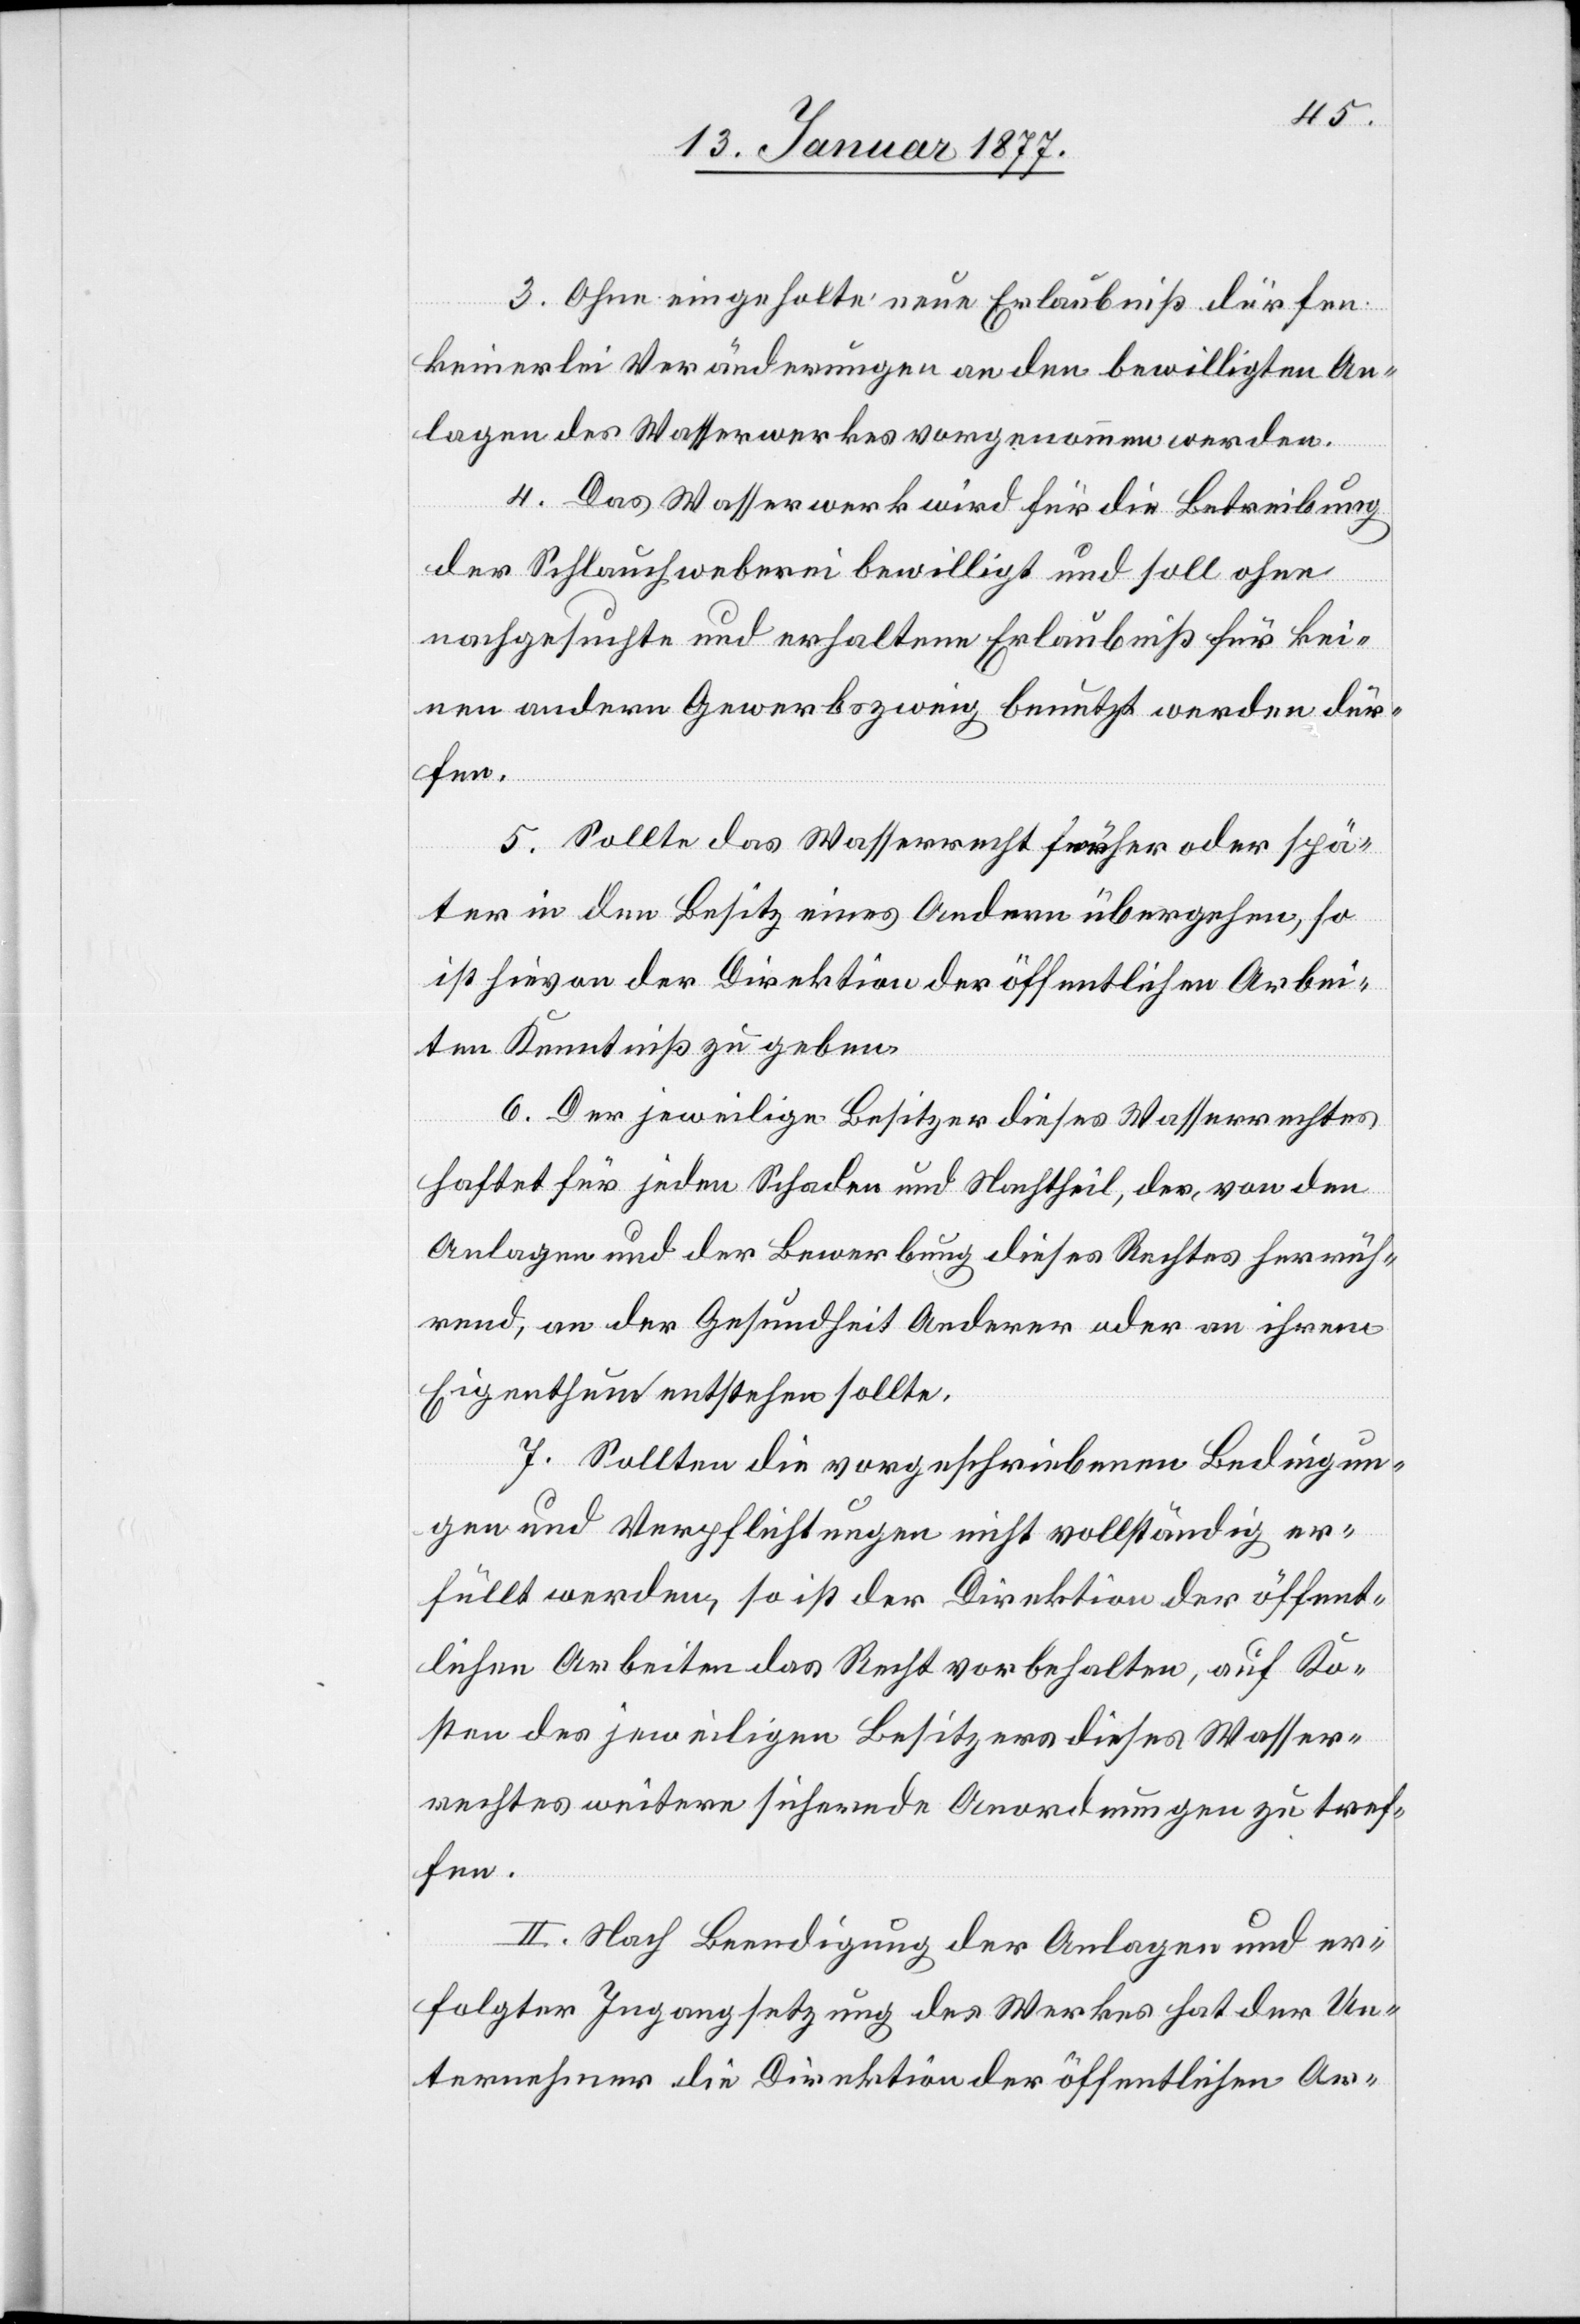
3. Ohne eingeholte neue Erlaubniß dürfen
keinerlei Veränderungen an den bewilligten An¬
lagen des Wasserwerkes vorgenommen werden.
4. Das Wasserwerk wird für die Betreibung
der Schlauchweberei bewilligt und soll ohne
nachgesuchte und erhaltene Erlaubniß für kei¬
nen andern Gewerbszweig benutzt werden dür¬
fen.
5. Sollte das Wasserrecht früher oder spä¬
ter in den Besitz eines Andern übergehen, so
ist hievon der Direktion der öffentlichen Arbei¬
ten Kenntniß zu geben.
6. Der jeweilige Besitzer dieses Wasserrechtes
haftet für jeden Schaden und Nachtheil, der, von den
Anlagen und der Bewerbung dieses Rechtes herrüh¬
rend, an der Gesundheit oder an ihrem
Eigenthum entstehen sollte.
7. Sollten die vorgeschriebenen Bedingun¬
gen und Verpflichtungen nicht vollständig er¬
füllt werden, so ist der Direktion der öffent¬
lichen Arbeiten das Recht vorbehalten, auf Ko¬
sten des jeweiligen Besitzers dieses Wasser¬
rechtes weitere sichernde Anordnungen zu tref¬
fen.
II. Nach Beendigung der Anlagen und er¬
folgter Ingangsetzung des Werkes hat der Un¬
ternehmer die Direktion der öffentlichen Ar-